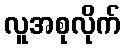
လူအစုလိုက်